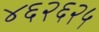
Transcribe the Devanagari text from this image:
४६२६२५